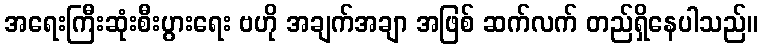
အရေးကြီးဆုံးစီးပွားရေး ဗဟို အချက်အချာ အဖြစ် ဆက်လက် တည်ရှိနေပါသည်။